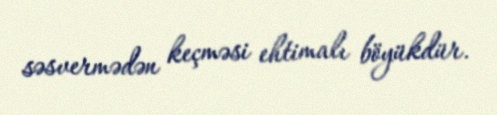
səsvermədən keçməsi ehtimalı böyükdür.